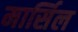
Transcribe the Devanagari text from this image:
मार्सिल